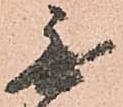
無